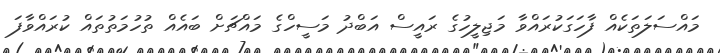
މައްސަލަތަކެއް ފާހަގަކުރައްވާ މަޖިލީހުގެ ރައީސް އަބްދު މަސީހްގެ މައްޗަށް ބައެއް ތުހުމަތުތައް ކުރައްވާފަ